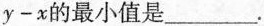
y - x$$的最小值是___。